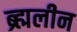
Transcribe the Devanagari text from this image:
ब्र्ह्मलीन